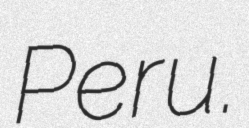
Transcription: Peru.